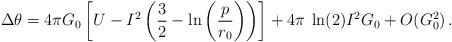
\begin{align*}\Delta\theta = 4 \pi G_0 \left[ U- I^2 \left( \frac{3}{2} -\ln\left(\frac{p}{r_0}\right) \right) \right] + 4 \pi \hspace{0.1cm}\ln (2) I^2G_0 + O(G_0 ^2) \, .\end{align*}